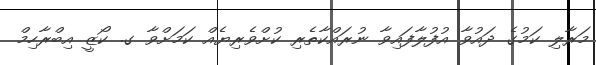
މަރާލި ކަމުގެ ދައުވާ އުފުލާފައިވާ ނުރައްކާތެރި ކުށްވެރިޔެއް ކަމަށްވާ ގ. ކޯޒީ އިބްރާހިމް